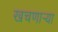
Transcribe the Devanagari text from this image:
खचणार्‍या